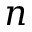
\boldsymbol n